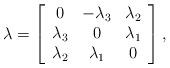
LaTeX: \begin{align*}\lambda=\left[\begin{array}{ccc} 0 & -\lambda_{3} & \lambda_{2} \\ \lambda_{3} & 0 & \lambda_{1} \\ \lambda_{2} & \lambda_{1} & 0\end{array} \right],\end{align*}